Annual report on the working of the lock hospitals in the Central Provinces
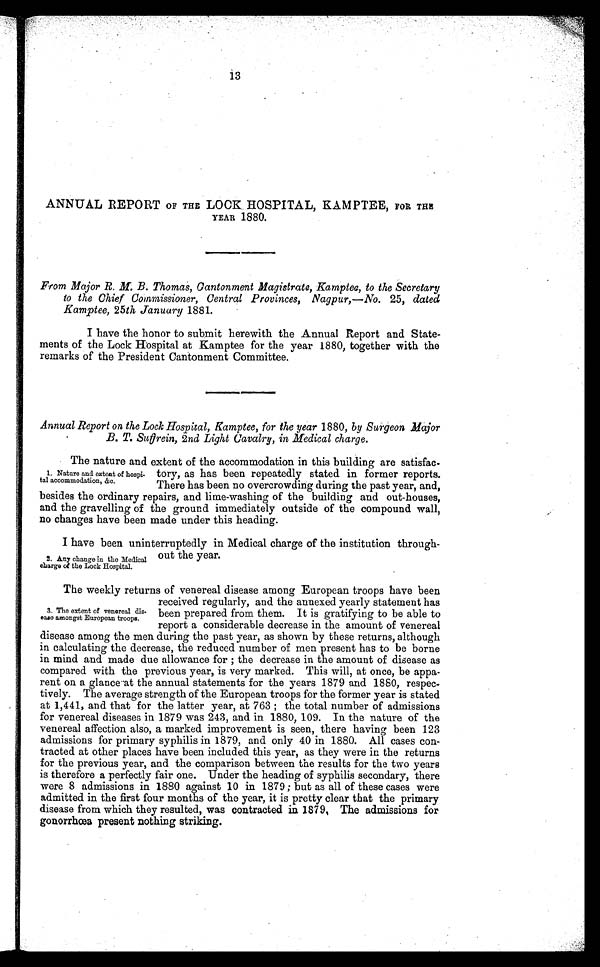
13
ANNUAL REPORT OF THE LOCK HOSPITAL, KAMPTEE, FOR THE
YEAR 1880.
From Major R. M. B. Thomas, Cantonment Magistrate, Kamptee, to the Secretary
to the Chief Commissioner, Central Provinces, Nagpur,—No. 25, dated
Kamptee, 25th January 1881.
I have the honor to submit herewith the Annual Report and State-
ments of the Lock Hospital at Kamptee for the year 1880, together with the
remarks of the President Cantonment Committee.
Annual Report on the Lock Hospital, Kamptee, for the year 1880, by Surgeon Major
B. T. Suffrein, 2nd Light Cavalry, in Medical charge.
1. Nature and extent of hospi-
tal accommodation, &c.
The nature and extent of the accommodation in this building are satisfac-
tory, as has been repeatedly stated in former reports.
There has been no overcrowding during the past year, and,
besides the ordinary repairs, and lime-washing of the building and out-houses,
and the gravelling of the ground immediately outside of the compound wall,
no changes have been made under this heading.
2. Any change in the Medical
charge a the Lock Hospital.
I have been uninterruptedly in Medical charge of the institution through-
out the year.
3. The extent of venereal dis
-ease amongst European troops.
The weekly returns of venereal disease among European troops have been
received regularly, and the annexed yearly statement has
been prepared from them. It is gratifying to be able to
report a considerable decrease in the amount of venereal
disease among the men during the past year, as shown by these returns, although
in calculating the decrease, the reduced number of men present has to be borne
in mind and made due allowance for ; the decrease in the amount of disease as
compared with the previous year, is very marked. This will, at once, be appa-
rent on a glance at the annual statements for the years 1879 and 1880, respec-
tively. The average strength of the European troops for the former year is stated
at 1,441, and that for the latter year, at 763 ; the total number of admissions
for venereal diseases in 1879 was 243, and in 1880, 109. In the nature of the
venereal affection also, a marked improvement is seen, there having been 123
admissions for primary syphilis in 1879, and only 40 in 1880. All cases con-
tracted at other places have been included this year, as they were in the returns
for the previous year, and the comparison between the results for the two years
is therefore a perfectly fair one. Under the heading of syphilis secondary, there
were 8 admissions in 1880 against 10 in 1879 ; but as all of these cases were
admitted in the first four months of the year, it is pretty clear that the primary
disease from which they resulted, was contracted in 1879, The admissions for
gonorrhoea present nothing striking.